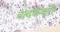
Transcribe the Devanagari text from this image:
चांदकेवारी